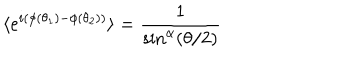
\langle e ^ { i ( \phi ( \theta _ { 1 } ) - \phi ( \theta _ { 2 } ) ) } \rangle = \frac 1 { \sin ^ { \alpha } ( \theta / 2 ) }